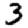
Digit: 3